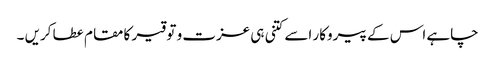
چاہے اس کے پیروکار اسے کتنی ہی عزت و توقیر کا مقام عطا کریں ۔